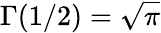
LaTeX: \Gamma(1/2)={\sqrt{\pi}}